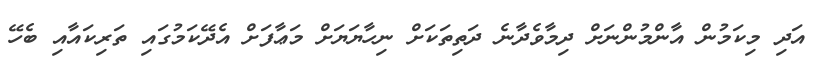
އަދި މިކަމުން އާންމުންނަށް ދިމާވެދާނެ ދަތިތަކަށް ނިހާޔަޔަށް މަޢާފަށް އެދޭކަމުގައި ތަރިކައާއި ބެހޭ